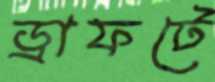
ড্রাফটে